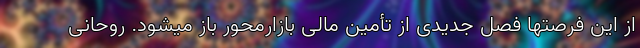
از این فرصتها فصل جدیدی از تأمین مالی بازارمحور باز میشود. روحانی